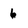
Character: 6